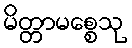
မိတ္တာမစ္စေသု